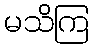
မသိကြ